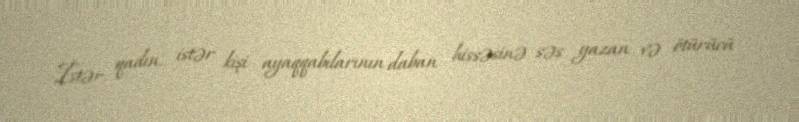
İstər qadın, istər kişi ayaqqabılarının daban hissəsinə səs yazan və ötürücü